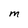
Character: M